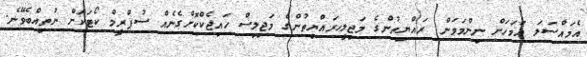
އެމައްސަލަ އަވަހަށް ނިންމަވަން. ރައްޔިތުންގެ މަޖިލީހރައްޔިތުންގެ މަޖިލިސް ހައިޖެކްކޮށްގެނެއް ސުޕްރީމް ކޯޓަކަށް ނުތިއްބެވޭނެ.